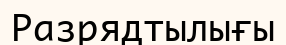
Разрядтылығы